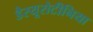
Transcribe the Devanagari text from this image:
डैस्यूरोटीनिया